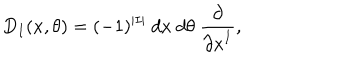
D _ { I } ( x , \theta ) = ( - 1 ) ^ { | I | } \ d x \ d \theta \ { \frac { \partial } { { \partial x } ^ { I } } } ,